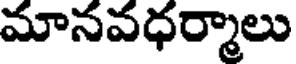
మానవధర్మాలు